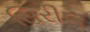
સિરીલ